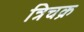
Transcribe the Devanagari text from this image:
त्रिचक्र